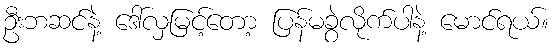
ဦးဘဆင်နဲ့ ဒေါ်လှမြင့်တော့ ပြန်မခွဲလိုက်ပါနဲ့ မောင်ရယ်။